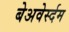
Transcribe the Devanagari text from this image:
बेअवेर्स्दम